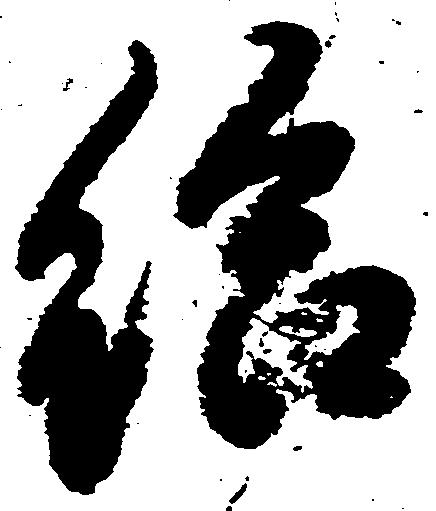
給